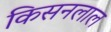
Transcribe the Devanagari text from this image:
किसनलाल